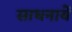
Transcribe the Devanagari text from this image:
साधनायें